Report of the King Institute of Preventive Medicine, Guindy
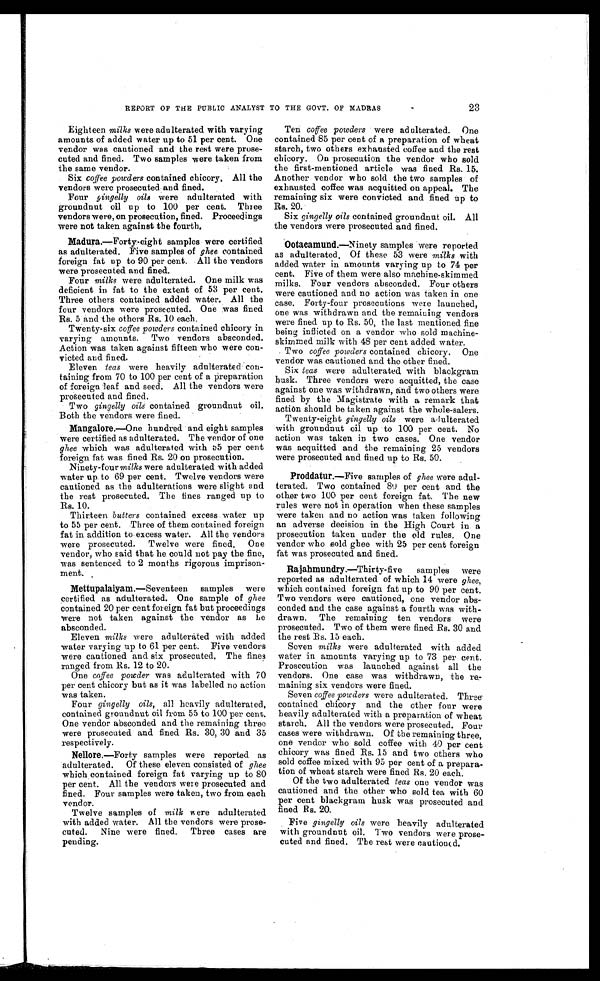
23
REPORT OF THE PUBLIC ANALYST TO THE GOVT. OF MADRAS
Eighteen milks were adulterated with varying
amounts of added water up to 51 per cent. One
vendor was cautioned and the rest were prose-
cuted and fined. Two samples were taken from
the same vendor.
Six coffee powders contained chicory. All the
vendors were prosecuted and fined.
Four gingelly oils were adulterated with
groundnut oil up to 100 per cent. Three
vendors were, on prosecution, fined. Proceedings
were not taken against the fourth.
Madura .—Forty-eight samples were certified
as adulterated. Five samples of ghee contained
foreign fat up to 90 per cent. All the vendors
were prosecuted and fined.
Four milks were adulterated. One milk was
deficient in fat to the extent of 53 per cent.
Three others contained added water. All the
four vendors were prosecuted. One was fined
Rs. 5 and the others Rs. 10 each.
Twenty-six coffee powders contained chicory in
varying amounts. Two vendors absconded.
Action was taken against fifteen who were con
-victed and fined.
Eleven teas were heavily adulterated con
-taining from 70 to 100 per cent of a preparation
of foreign leaf and seed. All the vendors were
prosecuted and fined.
Two gingelly oils contained groundnut oil.
Both the vendors were fined.
Mangalore .—One hundred and eight samples
were certified as adulterated. The vendor of one
ghee which was adulterated with 55 per cent
foreign fat was fined Rs. 20 on prosecution.
Ninety-four milks were adulterated with added
water up to 69 per cent. Twelve vendors were
cautioned as the adulterations were slight and
the rest prosecuted. The fines ranged up to
Rs. 10.
Thirteen butters contained excess water up
to 55 per cent. Three of them contained foreign
fat in addition to excess water. All the vendors
were prosecuted. Twelve were fined. One
vendor, who said that he could not pay the fine,
was sentenced to 2 months rigorous imprison
-ment.
Mettupalaiyam .—Seventeen samples were
certified as adulterated. One sample of ghee
contained 20 per cent foreign fat but proceedings
were not taken against the vendor as he
absconded.
Eleven milks were adulterated with added
water varying up to 61 per cent. Five vendors
were cautioned and six prosecuted. The fines
ranged from Rs. 12 to 20.
One coffee powder was adulterated with 70
per cent chicory but as it was labelled no action
was taken.
Four gingelly oils, all heavily adulterated,
contained groundnut oil from 55 to 100 per cent.
One vendor absconded and the remaining three
were prosecuted and fined Rs. 30, 30 and 35
respectively.
Nellore .—Forty samples were reported as
adulterated. Of these eleven consisted of ghee
which contained foreign fat varying up to 80
per cent. All the vendors were prosecuted and
fined. Four samples were taken, two from each
vendor.
Twelve samples of milk were adulterated
with added water. All the vendors were prose-
cuted. Nine were fined. Three cases are
pending.
Ten coffee powdersw e r e a d u l t e r a t e d . O n e
contained 85 per cent of a preparation of wheat
starch, two others exhausted coffee and the rest
chicory. On prosecution the vendor who sold
the first-mentioned article was fined Rs. 15.
Another vendor who sold the two samples of
exhausted coffee was acquitted on appeal. The
remaining six were convicted and fined up to
Rs. 20.
Six gingelly oils contained groundnut oil. All
the vendors were prosecuted and fined.
Ootacamund .—Ninety samples were reported
as adulterated. Of these 53 were milks with
added water in amounts varying up to 74 per
cent. Five of them were also machine-skimmed
milks. Four vendors absconded. Four others
were cautioned and no action was taken in one
case. Forty-four prosecutions were launched,
one was withdrawn and the remaining vendors
were fined up to Rs. 50, the last mentioned fine
being inflicted on a vendor who sold machine-
skimmed milk with 48 per cent added water.
Two coffee powders contained chicory. One
vendor was cautioned and the other fined.
Six teas were adulterated with blackgram
husk. Three vendors were acquitted, the case
against one was withdrawn, and two others were
fined by the Magistrate with a remark that
action should be taken against the whole-salers.
Twenty-eight gingelly oils were adulterated
with groundnut oil up to 100 per cent. No
action was taken in two cases. One vendor
was acquitted and the remaining 25 vendors
were prosecuted and fined up to Rs. 50.
Proddatur. —Five samples of ghee were adul
-terated. Two contained 80 per cent and the
other two 100 per cent foreign fat. The new
rules were not in operation when these samples
were taken and no action was taken following
an adverse decision in the High Court in a
prosecution taken under the old rules. One
vendor who sold ghee with 25 per cent foreign
fat was prosecuted and fined.
Rajahmundry .—Thirty- five samples were
reported as adulterated of which 14 were ghee,
which contained foreign fat up to 90 per cent.
Two vendors were cautioned, one vendor abs
-conded and the case against a fourth was with-
drawn. The remaining ten vendors were
prosecuted. Two of them were fined Rs. 30 and
the rest Rs. 15 each.
Seven milks were adulterated with added
water in amounts varying up to 73 per cent.
Prosecution was launched against all the
vendors. One case was withdrawn, the re-
mai ni ni g si x vendors were fi ned.
Seven coffee powders were adulterated. Three
contained chicory and the other four were
heavily adulterated with a preparation of wheat
starch. All the vendors were prosecuted. Four
cases were withdrawn. Of the remaining three,
one vendor who sold coffee with 40 per cent
chicory was fined Rs.15 and two others who
sold coffee mixed with 95 per cent of a prepara
-tion of wheat starch were fined Rs. 20 each.
Of the two adulterated teas one vendor was
cautioned and the other who sold tea with 60
per cent blackgram husk was prosecuted and
fined Rs. 20.
Five gingelly oils were heavily adulterated
with groundnut oil. Two vendors were prose
-cuted and fined. The rest were cautioned.